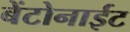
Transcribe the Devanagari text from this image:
बेंटोनाईट